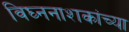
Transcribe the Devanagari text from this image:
विघ्ननाशकांच्या